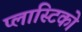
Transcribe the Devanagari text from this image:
प्लास्टिको